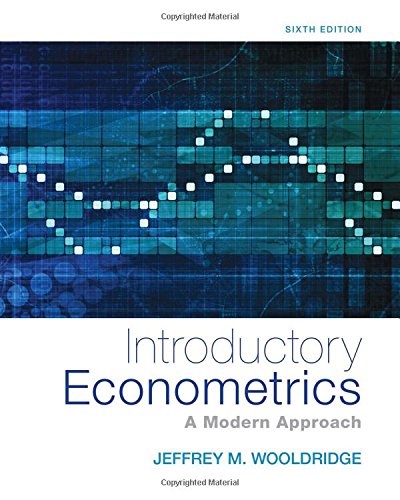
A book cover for Introductory Econometrics: A Modern Approach (Upper Level Economics Titles); Jeffrey M. Wooldridge; Business & Money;